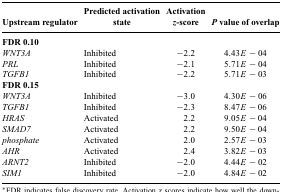
<table><thead><tr><td><b>Upstream regulator</b></td><td><b>Predicted activation state</b></td><td><b>Activation <i>z</i>-score</b></td><td><b><i>P</i> value of overlap</b></td></tr></thead><tbody><tr><td><b>FDR 0.10</b></td><td></td><td></td><td></td></tr><tr><td><i>WNT3A</i></td><td>Inhibited</td><td>−2.2</td><td>4.43E-04</td></tr><tr><td><i>PRL</i></td><td>Inhibited</td><td>−2.1</td><td>5.71E-04</td></tr><tr><td><i>TGFB1</i></td><td>Inhibited</td><td>−2.2</td><td>5.71E-03</td></tr><tr><td><b>FDR 0.15</b></td><td></td><td></td><td></td></tr><tr><td><i>WNT3A</i></td><td>Inhibited</td><td>−3.0</td><td>4.30E-06</td></tr><tr><td><i>TGFB1</i></td><td>Inhibited</td><td>−2.3</td><td>8.47E-06</td></tr><tr><td><i>HRAS</i></td><td>Activated</td><td>2.2</td><td>9.05E-04</td></tr><tr><td><i>SMAD7</i></td><td>Activated</td><td>2.2</td><td>9.50E-04</td></tr><tr><td><i>phosphate</i></td><td>Activated</td><td>2.0</td><td>2.57E-03</td></tr><tr><td><i>AHR</i></td><td>Activated</td><td>2.4</td><td>3.82E-03</td></tr><tr><td><i>ARNT2</i></td><td>Inhibited</td><td>−2.0</td><td>4.44E-02</td></tr><tr><td><i>SIM1</i></td><td>Inhibited</td><td>−2.0</td><td>4.84E-02</td></tr></tbody></table>